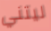
ليتني